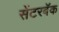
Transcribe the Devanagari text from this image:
सेंटरबॅक